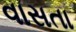
વાસતા